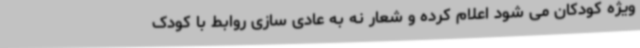
ویژه کودکان می شود اعلام کرده و شعار نه به عادی سازی روابط با کودک